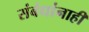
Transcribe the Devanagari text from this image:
संबंधांनाही